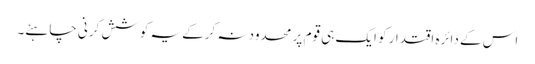
اس کے دائرہ اقتدار کو ایک ہی قوم پر محدود نہ کرکے یہ کوشش کرنی چاہئے۔